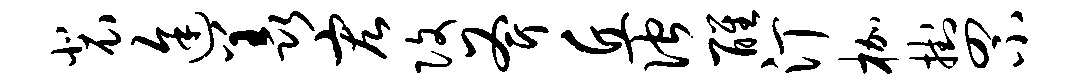
裴途羡宏改斧丘伫醒汀枷挂罘